Annual report on the Civil Veterinary Department, Burma (including the Insein Veterinary School) - 1910-1922
Year: 1910
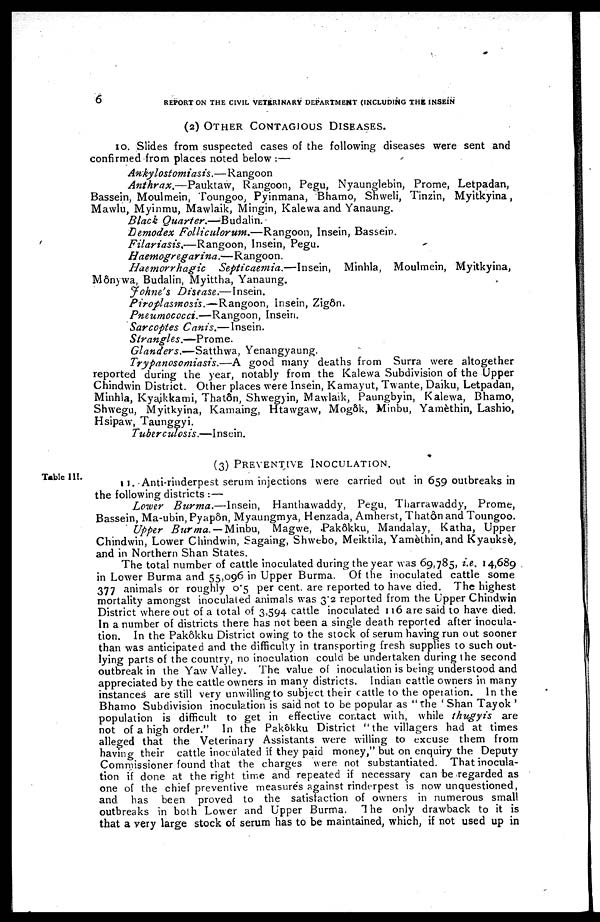
6
REPORT ON THE CIVIL VETERINARY DEPARTMENT (INCLUDING THE INSEIN
(2) OTHER CONTAGIOUS DISEASES.
10. Slides from suspected cases of the following diseases were sent and
confirmed from places noted below :—
Ankylostomiasis.—Rangoon
Anthrax.—Pauktaw,
Rangoon, Pegu, Nyaunglebin, Prome, Letpadan,
Bassein, Moulmein, Toungoo, Pyinmana, Bhamo, Shweli, Tinzin, Myitkyina,
Mawlu, Myinmu, Mawlaik, Mingin, Kalewa and Yanaung.
Black
Quarter.—Budalin.
Demodex Folliculorum.—Rangoon,
Insein, Bassein.
Filariasis,—Rangoon,
Insein, Pegu.
Haemogregarina.—Rangoon.
Haemorrhagic
Septicaemia.—Insein,
Minhla, Moulmein, Myitkyina,
Mônywa, Budalin, Myittha, Yanaung.
Johne's
Disease.—Insein.
Piroplasmosis.—Rangoon,
Insein, Zigôn.
Pneumococci.—Rangoon,
Insein.
Sarcoptes Canis.— Insein.
Strangles.—Prome.
Glanders.—Satthwa,
Yenangyaung.
Trypanosomiasis.—A
good many deaths from Surra were altogether
reported during the year, notably from the Kalewa Subdivision of the Upper
Chindwin District. Other places were Insein, Kamayut, Twante, Daiku, Letpadan,
Minhla, Kyaikkami, Thatôn, Shwegyin, Mawlaik, Paungbyin, Kalewa, Bhamo,
Shwegu, Myitkyina, Kamaing, Htawgaw, Mogôk, Minbu, Yamèthin, Lashio,
Hsipaw, Taunggyi.
Tuberculosis.—Insein.
(3) PREVENTIVE INOCULATION.
Table III.
11. Anti-rinderpest serum injections were carried out in 659 outbreaks in
the following districts :—
Lower Burma.—Insein,
Hanthawaddy, Pegu, Tharrawaddy, Prome,
Bassein, Ma-ubin, Pyapôn, Myaungmya, Henzada, Amherst, Thatôn and Toungoo.
Upper Burma.—Minbu,
Magwe, Pakôkku, Mandalay, Katha, Upper
Chindwin, Lower Chindwin, Sagaing, Shwebo, Meiktila, Yamèthin, and Kyauksè,
and in Northern Shan States.
The total number of cattle inoculated during the year was 69,785, i.e. 14,689
in Lower Burma and 55,096 in Upper Burma. Of the inoculated cattle some
377 animals or roughly 0.5 per cent. are reported to have died. The highest
mortality amongst inoculated animals was 3.2 reported from the Upper Chindwin
District where out of a total of 3,594 cattle inoculated 116 are said to have died.
In a number of districts there has not been a single death reported after inocula-
tion. In the Pakôkku District owing to the stock of serum having run out sooner
than was anticipated and the difficulty in transporting fresh supplies to such out-
lying parts of the country, no inoculation could be undertaken during the second
outbreak in the Yaw Valley. The value of inoculation is being understood and
appreciated by the cattle owners in many districts. Indian cattle owners in many
instances are still very unwilling to subject their cattle to the operation. In the
Bhamo Subdivision inoculation is said not to be popular as "the ' Shan Tayok '
population is difficult to get in effective contact with, while thugyis
are
not of a high order." In the Pakôkku District " the villagers had at times
alleged that the Veterinary Assistants were willing to excuse them from
having their cattle inoculated if they paid money," but on enquiry the Deputy
Commissioner found that the charges were not substantiated. That inocula-
tion if done at the right time and repeated if necessary can be regarded as
one of the chief preventive measures against rinderpest is now unquestioned,
and has been proved to the satisfaction of owners in numerous small
outbreaks in both Lower and Upper Burma. The only drawback to it is
that a very large stock of serum has to be maintained, which, if not used up in